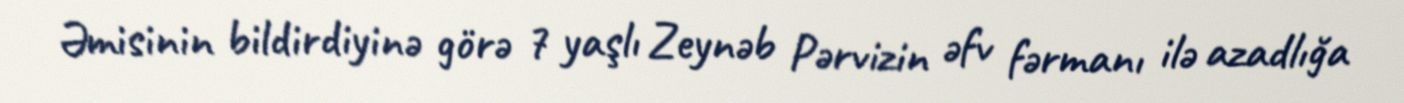
Əmisinin bildirdiyinə görə 7 yaşlı Zeynəb Pərvizin əfv fərmanı ilə azadlığa